Lunatic asylums Bombay report 1891-1903 - 1891-1903
Year: 1891
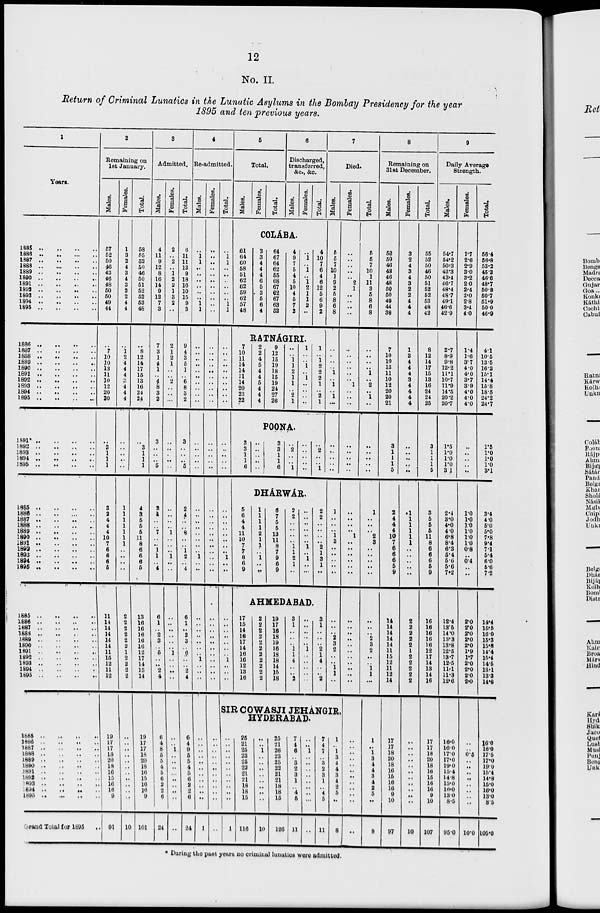
12
No. II.
Return of Criminal Lunatics in the Lunatic Asylums in the Bombay Presidency for the year
1895 and ten previous years.
1
Years.
1885 .. .. .. ..
1886
..
..
..
..
1887 .. .. .. ..
1888
..
..
..
..
1889 .. .. .. ..
1890 .. .. .. ..
1891 .. .. .. ..
1892 .. .. .. ..
1893 .. .. .. ..
1894
..
..
..
..
1895
..
..
..
..
1886 .. .. .. ..
1887 .. .. .. ..
1888
..
..
..
..
1889 .. .. .. ..
1890
..
..
..
..
1891 .. .. .. ..
1892 .. .. .. ..
1893 .. .. .. ..
1894 .. .. .. ..
1895
..
..
..
..
1891* .. .. .. ..
1892
..
..
..
..
1893
..
..
..
..
1894 .. .. .. ..
1895 .. .. .. ..
1885
..
..
..
..
1886
..
..
..
..
1887 .. .. .. ..
1888 .. .. .. ..
1889 .. .. .. ..
1890 .. .. .. ..
1891 .. .. .. ..
1892 .. .. .. ..
1893
..
..
..
..
1894
..
..
..
..
1895 .. .. .. ..
1885
..
..
..
..
1886
..
..
..
..
1887 .. .. .. ..
1888
..
..
..
..
1889
..
..
..
..
1890
..
..
..
..
1891 .. .. .. ..
1892
..
..
..
..
1893
..
..
..
..
1894
..
..
..
..
1895
..
..
..
..
1885
..
..
..
..
1886
..
..
..
..
1887
..
..
..
..
1888
..
..
..
..
1889
..
..
..
..
1890
..
..
..
..
1891
..
..
..
..
1892
..
..
..
..
1893
..
..
..
..
1894 .. .. .. ..
1895 .. .. .. ..
Grand Total for 1895 ..
2
Remaining on
1st January.
Males.
57
52
50
46
43
46
48
50
50
49
44
..
7
10
10
13
11
10
12
20
20
..
3
1
1
1
3
2
4
4
4
10
7
6
6
6
5
11
14
14
14
14
14
11
15
12
11
12
19
17
17
18
20
18
16
15
16
16
9
91
Females.
1
3
2
4
3
4
3
2
2
4
4
..
1
2
4
4
4
3
4
4
4
..
..
..
..
..
1
1
1
1
1
1
1
..
..
..
..
2
2 2
2
2
2
1
2
2
2
2
..
..
..
..
..
..
..
..
..
..
..
10
Total.
58
55
52
50
46
50
51
52
52
53
48
..
8
12
14
17
15
13
16
24
24
..
3
1
1
1
4
3
5
5
5
11
8
6
6
6
5
13
16
16
16
16
16
12
17
14
13
14
19
17
17
18
20
18
16
15
16
16
9
101
3
Admitted.
Males.
4
11
9
12
8
16
14
9
12
7
3
7
3
1
4
1
..
4
8
3
2
3
..
..
..
5
2
4
..
..
7
..
..
1
1
..
4
6
1
..
2
3
..
5
..
..
2
4
6
4
8
5
5
4
5
6
2
2
6
24
Females.
2
..
2
..
1
2
2
1
3
2
..
2
1
2
1
..
..
2
..
..
..
..
..
..
..
..
..
..
..
..
1
..
..
..
1
..
..
..
..
..
..
..
..
1
..
..
..
..
..
..
1
..
..
..
..
..
..
..
..
..
Total.
6
11
11
12
9
18
16
10
15
9
3
9
4
3
5
1
..
6
8
3
2
3
..
..
..
5
2
4
..
..
8
..
..
1
2
..
4
6
1
..
2
3
..
6
..
..
2
4
6
4
9 5
5
4
5
6
2
2
6
24
4
Re-admitted.
Males.
..
1
1
..
..
..
..
..
..
1
1
..
..
..
..
..
..
..
..
..
..
..
..
..
..
..
..
..
..
..
..
..
..
..
1
..
..
..
..
..
..
..
..
..
1
..
..
..
..
..
..
..
..
..
..
..
..
..
..
1
Females.
..
..
..
..
..
..
..
..
..
..
..
..
..
..
..
..
..
..
..
..
..
..
..
..
..
..
..
..
..
..
..
..
..
..
..
..
..
..
..
..
..
..
..
..
..
..
..
..
..
..
..
..
..
..
..
..
..
..
..
..
Total.
..
1
1
..
..
..
..
..
..
1
1
..
..
..
..
..
..
..
..
..
..
..
..
..
..
..
..
..
..
..
..
..
..
..
1
..
..
..
..
..
..
..
..
..
1
..
..
..
5
Total.
Males.
Females.
Total.
6
Discharged,
transferred,
&c., &c.
Males.
Females.
Total.
COLÁBA.
61
64
60
58
51
62
62
59
62
57
48
3
3
4
4
4
6
5
3
5
6
4
64
67
64
62
55
68
67
62
67
63
52
4
9
7
5
4
5
10
4
5
7
2
..
1
..
1
..
1
2
1
1
2
..
4
10
7
6
4
6
12
5
6
9
2
RATNÁGIRI.
7
10
11
14
14
11
14
20
23
22
2
2
4
5
4
4
5
4
4
4
9
12
15
19
18
15
19
24
27
26
..
..
1
1
2
1
1
..
2
1
1
..
..
1
..
1
..
..
..
..
1
..
1
2
2
2
1
..
2
1
POONA.
3
3
1
1
6
..
..
..
..
..
3
3
1
1
6
..
2
..
..
1
..
..
..
..
..
..
2
..
..
1
DHÁRWÁR.
5
6
4
4
11
10
7
7
8
6
9
1
1
1
1
2
1
1
..
1
..
..
6
7
5
5
13
11
8
7
9
6
9
2
2
..
..
..
..
1
1
2
1
..
..
..
..
..
..
..
1
..
1
..
..
2
2
..
..
..
..
2
1
3
1
..
AHMEDABAD.
17
15
14
16
17
14
16
16
12
13
16
2
2
2
2
2
2
2
2
2
2
2
19
17
16
18
19
16
18
18
14
15
18
3
1
..
..
..
1
1
4
..
..
2
..
..
..
..
..
1
..
..
..
..
..
3
1
..
..
..
2
1
4
..
..
2
7
Died.
Males.
5
5
7
10
1
9
2
5
8
6
8
..
..
..
..
1
..
1
..
1
..
..
..
..
..
..
1
..
..
..
1
3
..
..
..
..
..
..
..
..
2
3
2
..
..
1
1
..
SIR COWASJI JEHÁNGIR,
HYDERABAD.
..
..
..
..
..
..
..
..
..
..
..
1
25
21
25
23
25
22
21
21
18
18
15
116
..
..
1
..
..
..
..
..
..
..
..
10
25
21
26
23
25
22
21
21
18
18
15
126
7
4
6
..
3
2
3
1
..
4
5
11
..
..
1
..
..
..
..
..
..
..
..
..
7
4
7
..
3
2
3
1
..
4
5
11
1
..
1
3
4
4
3
4
2
5
..
8
Females.
..
..
..
..
..
2
1
..
..
..
..
..
..
..
..
..
..
1
..
..
..
..
..
..
..
..
..
..
..
..
1
..
..
..
..
..
..
..
..
..
..
..
..
..
..
..
..
..
..
..
..
..
..
..
..
..
..
..
..
..
Total.
5
5
7
10
1
11
3
5
8
6
8
..
..
..
..
1
..
2
..
1
..
..
..
..
..
..
1
..
..
..
2
3
..
..
..
..
..
..
..
..
2
3
2
..
..
1
1
...
1
..
1
3
4
4
3
4
2
5
..
8
8
Remaining on
31st December.
Males.
52
50
46
43
46
48
50
50
49
44
38
7
10
10
13
11
10
12
20
20
21
3
1
1
1
5
2
4
4
4
10
7
6
6
6
5
9
14
14
14
14
14
11
15
12
11
12
14
17
17
18
20
18
16
15
16
16
9
10
97
Females.
3
2
4
3
4
3
2
2
4
4
4
1
2
4
4
4
3
4
4
4
4
..
..
..
..
..
1
1
1
1
1
1
..
..
..
..
..
2
2
2
2
2
1
2
2
2
2
2
..
..
..
..
..
..
..
..
..
..
..
10
Total.
55
52
50
46
50
51
52
52
53
48
42
8
12
14
17
15
13
16
24
24
25
3
1
1
1
5
3
5
5
5
11
8
6
6
6
5
9
16
16
16
16
16
12
17
14
13
14
16
17
17
18
20
18
16
15
16
16
9
10
107
9
Daily Average
Strength.
Males.
54.7
54.2
50.3
42.3
43.4
46.7
48.4
48.7
49.1
46.6
42.9
2.7
8.9
9.8
12.2
11.1
10.7
11.9
14.5
20.2
20.7
1.5
1.0
1.0
1.0
3.1
2.4
3.0
4.0
4.0
6.8
8.4
6.3
5.4
5.6
5.6
7.2
12.4
13.5
14.0
13.3
13.8
12.5
13.7
12.5
11.1
11.3
12.6
16.0
16.0
17.0
17.0
19.0
15.4
14.8
15.0
16.0
13.0
8.5
95.0
Females.
1.7
2.6
2.9
3.0
3.2
2.0
2.4
2.0
2.8
3.4
4.0
1.4
1.6
3.7
4.0
4.0
3.7
3.9
4.0
4.0
4.0
..
..
..
..
..
1.0
1.0
1.0
1.0
1.0
1.0
0.8
..
0.4
..
..
2.0
2.0
2.0
2.0
2.0
1.9
1.7
2.0
2.0
2.0
2.0
..
..
0.5
..
..
..
..
..
..
..
..
10.0
Total.
56.4
56.8
53.2
45.3
46.6
48.7
50.8
50.7
51.9
50.0
46.9
4.1
10.5
13.5
16.2
15.1
14.4
15.8
18.5
24.2
24.7
1.5
1.0
1.0
1.0
3.1
3.4
4.0
5.0
5.0
7.8
9.4
7.1
5.4
6.0
5.6
7.2
14.4
15.5
16.0
15.3
15.8
14.4
15.4
14.5
13.1
13.3
14.6
16.0
16.0
17.5
17.0
19.0
15.4
14.8
15.0
16.0
13.0
8.5
105.0
* During the past years no criminal lunatics were admitted.